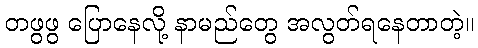
တဖွဖွ ပြောနေလို့ နာမည်တွေ အလွတ်ရနေတာတဲ့။